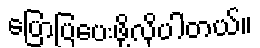
ပြောပြပေးဖို့လိုပါတယ်။